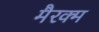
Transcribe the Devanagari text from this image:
मैरक्म